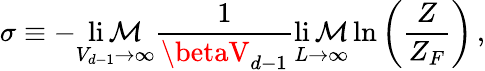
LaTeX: \sigma\equiv-\operatorname*{li\mathcal{M}}_{V_{d-1}\to\infty}\frac{{1}}{{\betaV_{d-1}}}\operatorname*{li\mathcal{M}}_{L\to\infty}\ln\left(\frac{{Z}}{{Z_{F}}}\right)\, ,